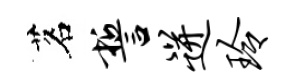
茗誓迸玲